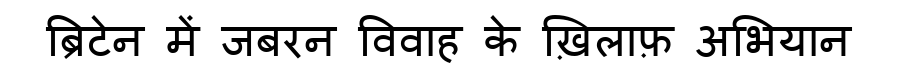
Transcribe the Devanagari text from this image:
ब्रिटेन में जबरन विवाह के ख़िलाफ़ अभियान